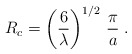
\begin{align*}R_c=\left(\frac{6}{\lambda}\right)^{1/2}\,\frac{\pi}{a}\;.\end{align*}